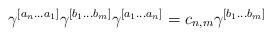
LaTeX: \begin{align*}\gamma^{[a_n...a_1]} \gamma^{[b_1...b_m]} \gamma^{[a_1...a_n]} = c_{n,m} \gamma^{[b_1...b_m]}\end{align*}